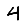
Digit: 4